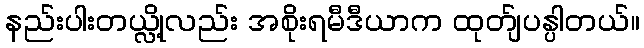
နည်းပါးတယ္လို့လည်း အစိုးရမီဒီယာက ထုတ်ျပန္ပါတယ်။